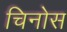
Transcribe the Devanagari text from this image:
चिनोस